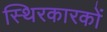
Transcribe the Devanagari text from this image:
स्थिरकारकों